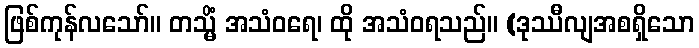
ဖြစ်ကုန်လသော်။ တသ္မိံ အသံဝရေ၊ ထို အသံဝရသည်။ (ဒုဿီလျအစရှိသော